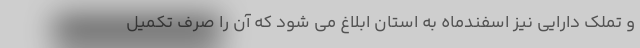
و تملک دارایی نیز اسفندماه به استان ابلاغ می شود که آن را صرف تکمیل